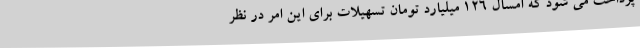
پرداخت می شود که امسال 126 میلیارد تومان تسهیلات برای این امر در نظر